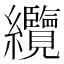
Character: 纜